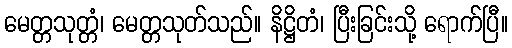
မေတ္တသုတ္တံ၊ မေတ္တသုတ်သည်။ နိဋ္ဌိတံ၊ ပြီးခြင်းသို့ ရောက်ပြီ။